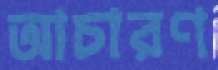
আচারণ